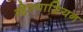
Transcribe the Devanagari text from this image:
व्हेस्पाशियन